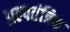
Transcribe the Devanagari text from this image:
अल्पतंत्रिक